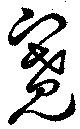
寛